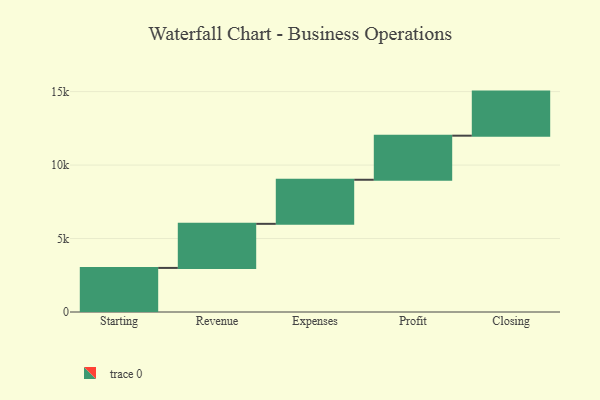
{"axis": {"x": "Step", "y": "Value"}, "legend": [""], "data": [{"x": "Starting", "y": 3000, "type": ""}, {"x": "Revenue", "y": 3000, "type": ""}, {"x": "Expenses", "y": 3000, "type": ""}, {"x": "Profit", "y": 3000, "type": ""}, {"x": "Closing", "y": 3000, "type": ""}]}